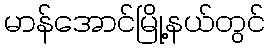
မာန်အောင်မြို့နယ်တွင်